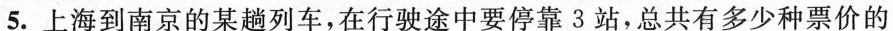
5.上海到南京的某趟列车，在行驶途中要停靠3站，总共有多少种票价的